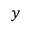
y